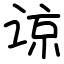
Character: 谅